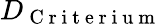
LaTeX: D_{\mathrm{~C~r~i~t~e~r~i~u~m~}}